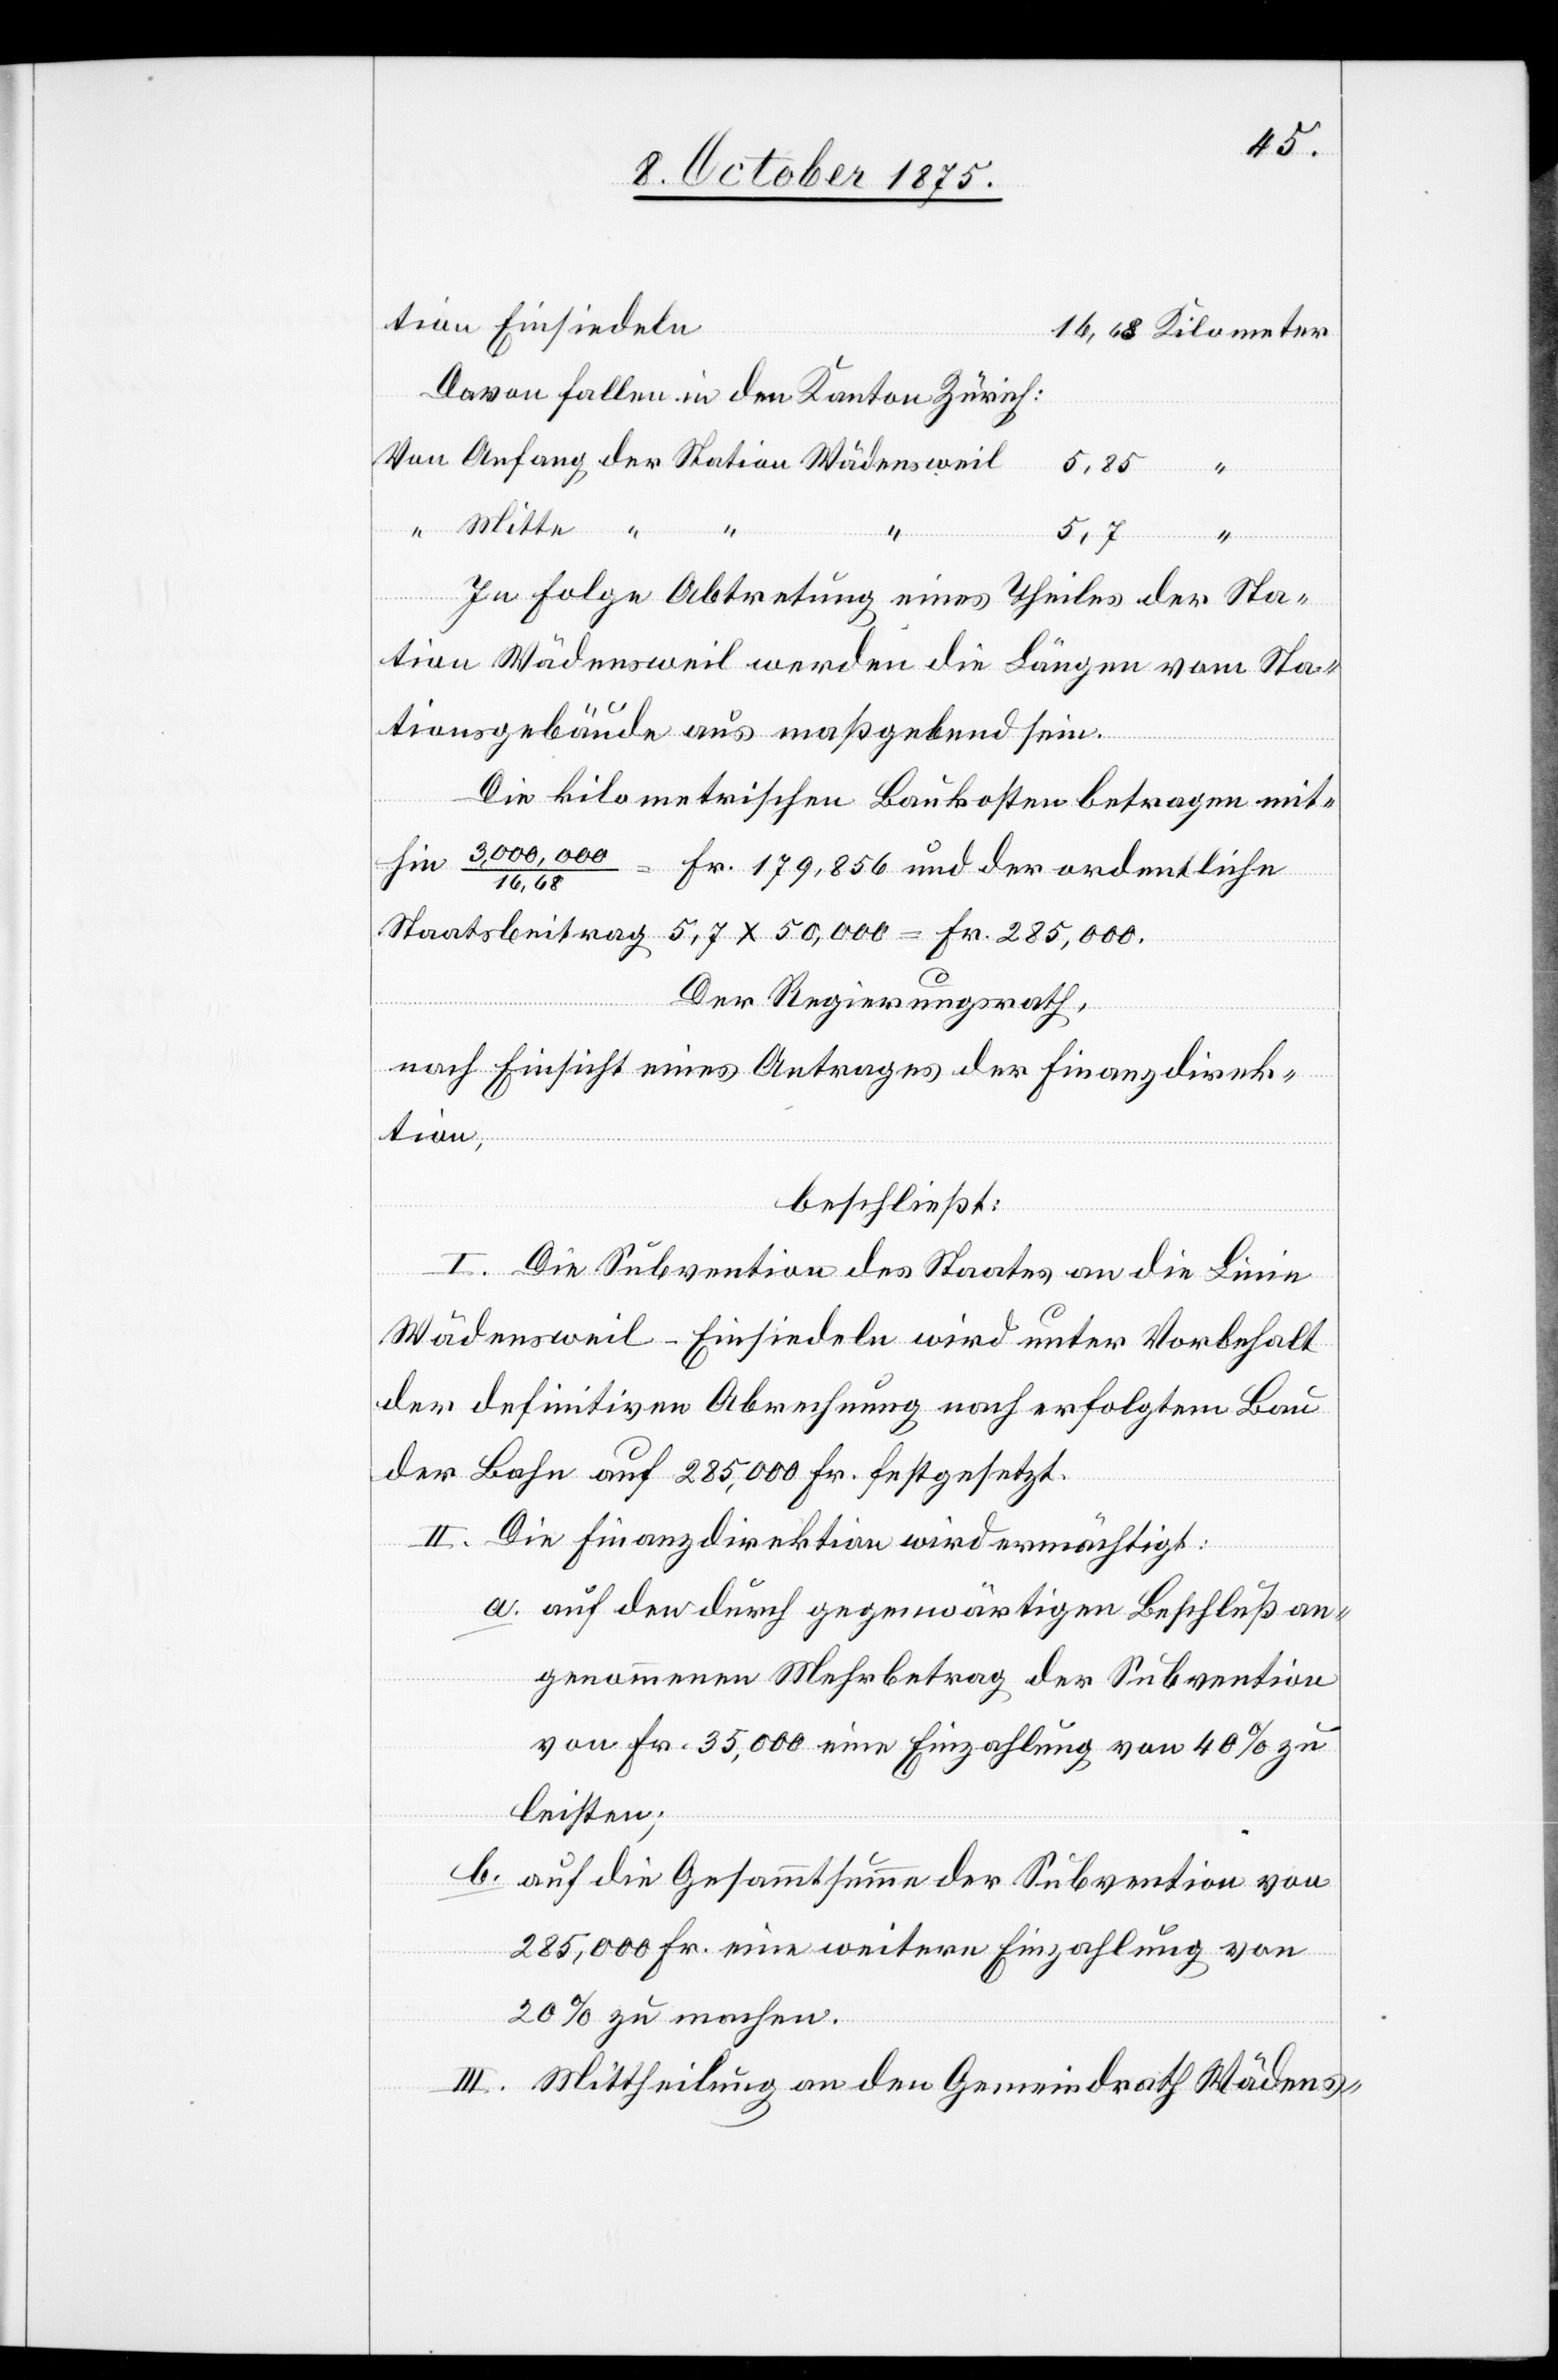
16,68 Kilometer.
Davon fallen in den Kanton Zürich:
5,85
In Folge Abtretung eines Theiles der Sta¬
tion Wädensweil werden die Längen vom Sta¬
tionsgebäude aus maßgebend sein.
der
Die kilometrischen Baukosten betragen mit¬
hin 3,000,000/16,68 = Fr. 179,856 und der ordentliche
Staatsbeitrag 5,7 x 50,000 = Fr. 285,000.
Der Regierungsrath,
nach Einsicht eines Antrages der Finanzdirek¬
tion,
beschließt:
I. Die Subvention des Staates an die Linie
Wädensweil–Einsiedeln wird unter Vorbehalt
der definitiven Abrechnung nach erfolgtem Bau
Von
der Bahn auf 285,000 Fr. festgesetzt.
II. Die Finanzdirektion wird ermächtigt:
a. auf den durch gegenwärtigen Beschluß an¬
genommenen Mehrbetrag der Subvention
von Fr. 35,000 eine Einzahlung von 40% zu
leisten;
b. auf die Gesammtsumme der Subvention von
285,000Fr. eine weitere Einzahlung von
20% zu machen.
III. Mittheilung an den Gemeindrath Wädens-